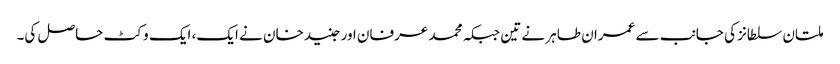
ملتان سلطانز کی جانب سے عمران طاہر نے تین جبکہ محمد عرفان اور جنید خان نے ایک، ایک وکٹ حاصل کی۔